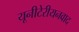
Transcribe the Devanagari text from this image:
यूनीटेरीयनवाद